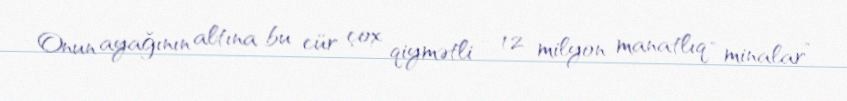
Onun ayağının altına bu cür çox qiymətli - 12 milyon manatlıq “minalar”